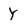
Character: Y